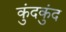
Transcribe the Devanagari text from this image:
कुंदकुंद